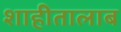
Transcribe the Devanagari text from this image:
शाहीतालाब